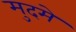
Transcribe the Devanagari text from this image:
मुदमे